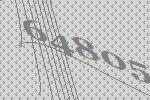
64805